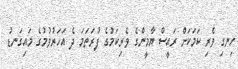
ހިނގި ވެރި ކަމަކަށް ރައީސް ޔާމީންގެ ވެރިކަމުގެ ފުރަތަމަ ދެ އަހަރުވުމުގެ މައިގަނޑު